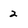
Character: 2